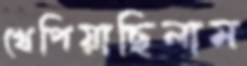
খেপিয়াছিলাম